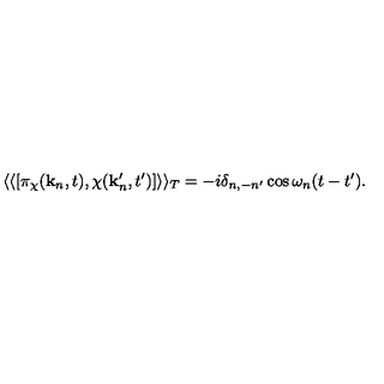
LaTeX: \langle \langle [ \pi _ { \chi } ( { \bf k } _ { n } , t ) , \chi ( { \bf k } _ { n } ^ { \prime } , t ^ { \prime } ) ] \rangle \rangle _ { T } = - i \delta _ { n , - n ^ { \prime } } \cos \omega _ { n } ( t - t ^ { \prime } ) .